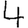
Digit: 4